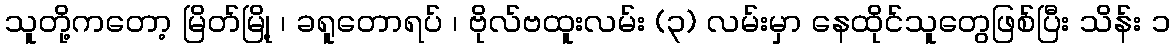
သူတို့ကတော့ မြိတ်မြို့ ၊ ခရူတောရပ် ၊ ဗိုလ်ဗထူးလမ်း (၃) လမ်းမှာ နေထိုင်သူတွေဖြစ်ပြီး သိန်း ၁